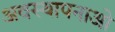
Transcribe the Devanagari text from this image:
अवस्थापनाओ